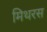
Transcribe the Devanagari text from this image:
मिथरस